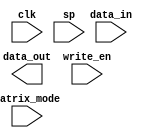
module matrix_stack( clk, data_in, data_out, sp, write_en, matrix_mode
    );
    
    input                   clk;
    input       [127:0]     data_in;                        // serve push request
        
    output reg  [127:0]     data_out;                       // serve pop request
    input       [6:0]       sp;
    input                   write_en;
    input                   matrix_mode;                    // 1 bit: 0 = modelview; 1 = projection

    reg         [127:0]     modelview_stack  [127:0];       // 2048 bytes (32 matrices) (infer BRAM?!?)
    reg         [127:0]     projection_stack [7:0];         // 128 bytes (2 matrices)
    
    initial begin
        // Hardcode identity matrices into both stacks
        modelview_stack[3]  <= 127'h3F800000000000000000000000000000;
        modelview_stack[2]  <= 127'h000000003F8000000000000000000000;
        modelview_stack[1]  <= 127'h00000000000000003F80000000000000;
        modelview_stack[0]  <= 127'h0000000000000000000000003F800000;
        projection_stack[3] <= 127'h3F800000000000000000000000000000;
        projection_stack[2] <= 127'h000000003F8000000000000000000000;
        projection_stack[1] <= 127'h00000000000000003F80000000000000;
        projection_stack[0] <= 127'h0000000000000000000000003F800000;
    end
    
    wire [127:0] modelview_out0;
    wire [127:0] projection_out0;
    wire [127:0] modelview_out1;
    wire [127:0] projection_out1;    
    wire [127:0] modelview_out2;
    wire [127:0] projection_out2;
    wire [127:0] modelview_out3;
    wire [127:0] projection_out3;
    
    assign modelview_out0 = modelview_stack[sp];
    assign projection_out0 = projection_stack[sp];
    assign modelview_out1 = modelview_stack[sp-1];
    assign projection_out1 = projection_stack[sp-1];
    assign modelview_out2 = modelview_stack[sp-2];
    assign projection_out2 = projection_stack[sp-2];
    assign modelview_out3 = modelview_stack[sp-3];
    assign projection_out3 = projection_stack[sp-3];
    
    assign data_out_temp0 = matrix_mode ? projection_out0 : modelview_out0;
    assign data_out_temp1 = matrix_mode ? projection_out1 : modelview_out1;
    assign data_out_temp2 = matrix_mode ? projection_out2 : modelview_out2;
    assign data_out_temp3 = matrix_mode ? projection_out3 : modelview_out3;

    always @ (posedge clk)
    begin
        data_out0 <= data_out_temp0;
        data_out1 <= data_out_temp1;
        data_out2 <= data_out_temp2;
        data_out3 <= data_out_temp3;
        if (write_en)
        begin
            if (matrix_mode)
            begin
                projection_stack[sp] <= data_in;
            end
            else
            begin
                modelview_stack[sp] <= data_in;
            end
        end
    end
    
endmodule